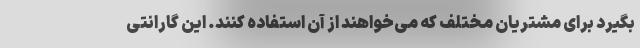
بگیرد برای مشتریان مختلف که می‌خواهند از آن استفاده کنند. این گارانتی